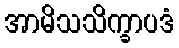
အာမိသသိက္ခာပဒံ